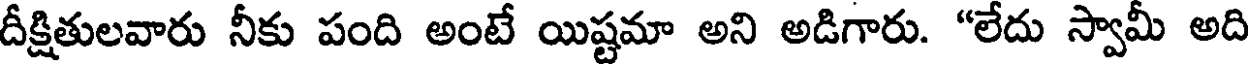
దీక్షితులవారు నీకు పంది అంటే యిష్టమా అని అడిగారు. "లేదు స్వామీ అది